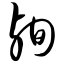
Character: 殉